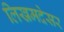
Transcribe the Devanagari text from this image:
लिखमदेसर